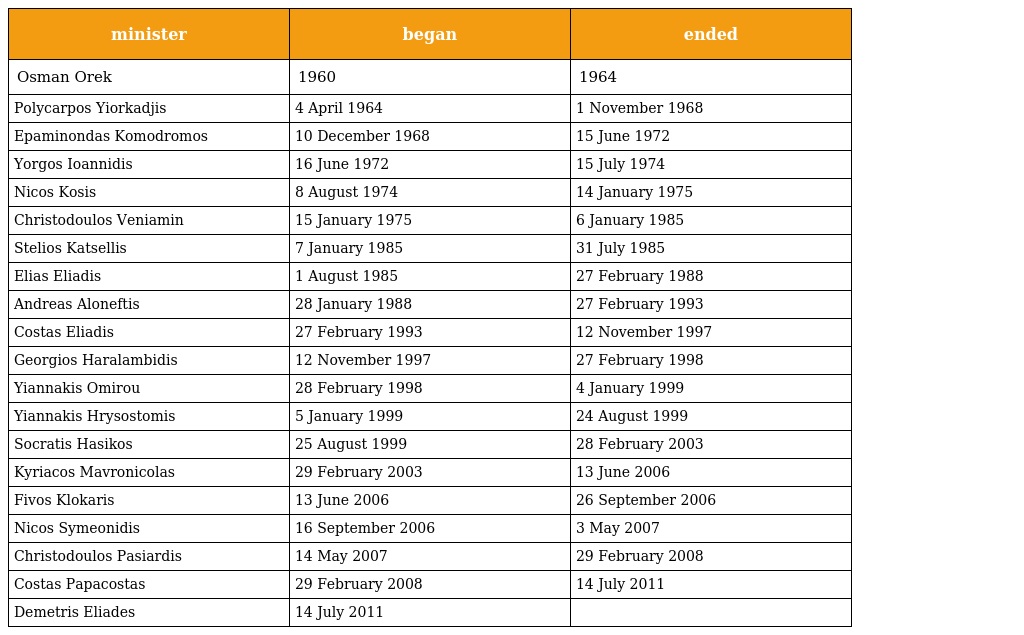
| minister | began | ended |
 | --- | --- | --- |
 | Osman Orek | 1960 | 1964 |
 | Polycarpos Yiorkadjis | 4 April 1964 | 1 November 1968 |
 | Epaminondas Komodromos | 10 December 1968 | 15 June 1972 |
 | Yorgos Ioannidis | 16 June 1972 | 15 July 1974 |
 | Nicos Kosis | 8 August 1974 | 14 January 1975 |
 | Christodoulos Veniamin | 15 January 1975 | 6 January 1985 |
 | Stelios Katsellis | 7 January 1985 | 31 July 1985 |
 | Elias Eliadis | 1 August 1985 | 27 February 1988 |
 | Andreas Aloneftis | 28 January 1988 | 27 February 1993 |
 | Costas Eliadis | 27 February 1993 | 12 November 1997 |
 | Georgios Haralambidis | 12 November 1997 | 27 February 1998 |
 | Yiannakis Omirou | 28 February 1998 | 4 January 1999 |
 | Yiannakis Hrysostomis | 5 January 1999 | 24 August 1999 |
 | Socratis Hasikos | 25 August 1999 | 28 February 2003 |
 | Kyriacos Mavronicolas | 29 February 2003 | 13 June 2006 |
 | Fivos Klokaris | 13 June 2006 | 26 September 2006 |
 | Nicos Symeonidis | 16 September 2006 | 3 May 2007 |
 | Christodoulos Pasiardis | 14 May 2007 | 29 February 2008 |
 | Costas Papacostas | 29 February 2008 | 14 July 2011 |
 | Demetris Eliades | 14 July 2011 |  |